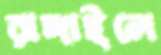
রাঙ্গাইলে